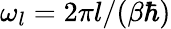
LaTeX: \omega_{l}=2\pi{l}/(\beta\hbar)